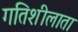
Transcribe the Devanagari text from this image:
गतिशीलाता